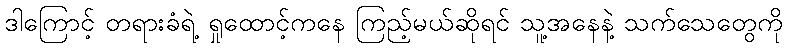
ဒါကြောင့် တရားခံရဲ့ ရှုထောင့်ကနေ ကြည့်မယ်ဆိုရင် သူ့အနေနဲ့ သက်သေတွေကို